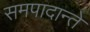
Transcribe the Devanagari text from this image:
समपादान्ते